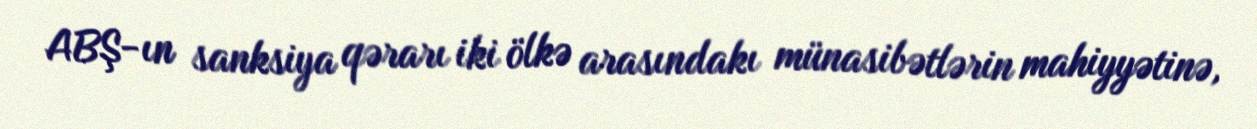
ABŞ-ın sanksiya qərarı iki ölkə arasındakı münasibətlərin mahiyyətinə,